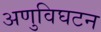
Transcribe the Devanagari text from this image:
अणुविघटन